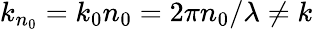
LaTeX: k_{n_{0}}=k_{0}n_{0}=2\pi n_{0}/\lambda\neq k